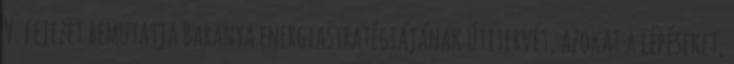
V. fejezet bemutatja Baranya energiastratégiájának útitervét, azokat a lépéseket,